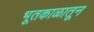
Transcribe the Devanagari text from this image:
भूतकाळातून